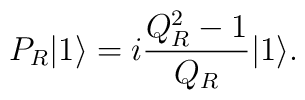
P_R|1 \rangle = i \frac{Q_R^2-1}{Q_R}|1 \rangle.